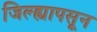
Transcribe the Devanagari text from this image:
जिल्ह्यापसून